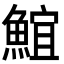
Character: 𩸨